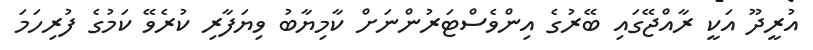
އުރީދޫ އަކީ ރާއްޖޭގައި ބޭރުގެ އިންވެސްޓަރުންނަށް ކާމިޔާބު ވިޔަފާރި ކުރެވޭ ކަމުގެ ފުރިހަމަ